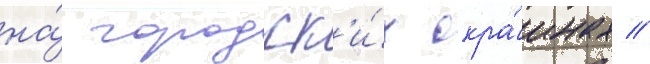
на́ городск'и́х окра́инах //